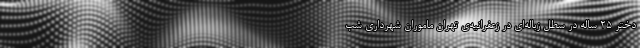
دختر ۲۵ ساله در سطل زباله‌ای در زعفرانیه‌ی تهران ماموران شهرداری شب